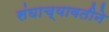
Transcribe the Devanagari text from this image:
संघाच्यावतीने